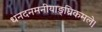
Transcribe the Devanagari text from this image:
धनदनमनीयाङ्‌घ्रिकमले।